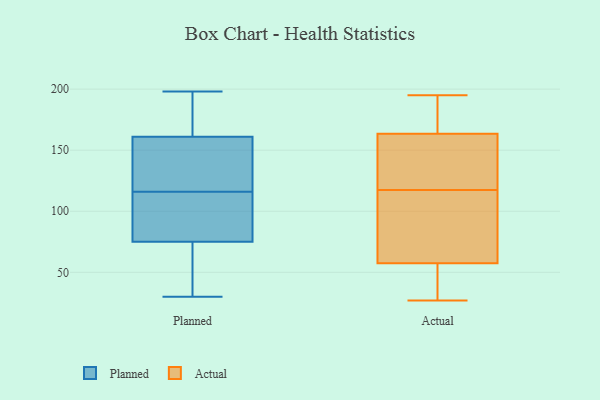
{"axis": {"x": "Satisfaction Score", "y": "Value"}, "legend": ["Actual", "Planned"], "data": [{"x": "", "y": 198, "type": "Planned"}, {"x": "", "y": 193, "type": "Planned"}, {"x": "", "y": 63, "type": "Planned"}, {"x": "", "y": 151, "type": "Planned"}, {"x": "", "y": 192, "type": "Planned"}, {"x": "", "y": 161, "type": "Planned"}, {"x": "", "y": 45, "type": "Planned"}, {"x": "", "y": 147, "type": "Planned"}, {"x": "", "y": 78, "type": "Planned"}, {"x": "", "y": 134, "type": "Planned"}, {"x": "", "y": 75, "type": "Planned"}, {"x": "", "y": 98, "type": "Planned"}, {"x": "", "y": 92, "type": "Planned"}, {"x": "", "y": 30, "type": "Planned"}, {"x": "", "y": 51, "type": "Actual"}, {"x": "", "y": 121, "type": "Actual"}, {"x": "", "y": 27, "type": "Actual"}, {"x": "", "y": 64, "type": "Actual"}, {"x": "", "y": 173, "type": "Actual"}, {"x": "", "y": 99, "type": "Actual"}, {"x": "", "y": 28, "type": "Actual"}, {"x": "", "y": 114, "type": "Actual"}, {"x": "", "y": 195, "type": "Actual"}, {"x": "", "y": 154, "type": "Actual"}, {"x": "", "y": 122, "type": "Actual"}, {"x": "", "y": 175, "type": "Actual"}]}